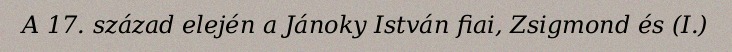
A 17. század elején a Jánoky István fiai, Zsigmond és (I.)